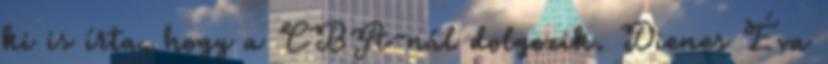
ki is írta, hogy a CBA-nál dolgozik. Dienes Éva